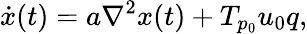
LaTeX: \dot{x}(t)=a\nabla^{2}x(t)+T_{p_{0}}u_{0}q,